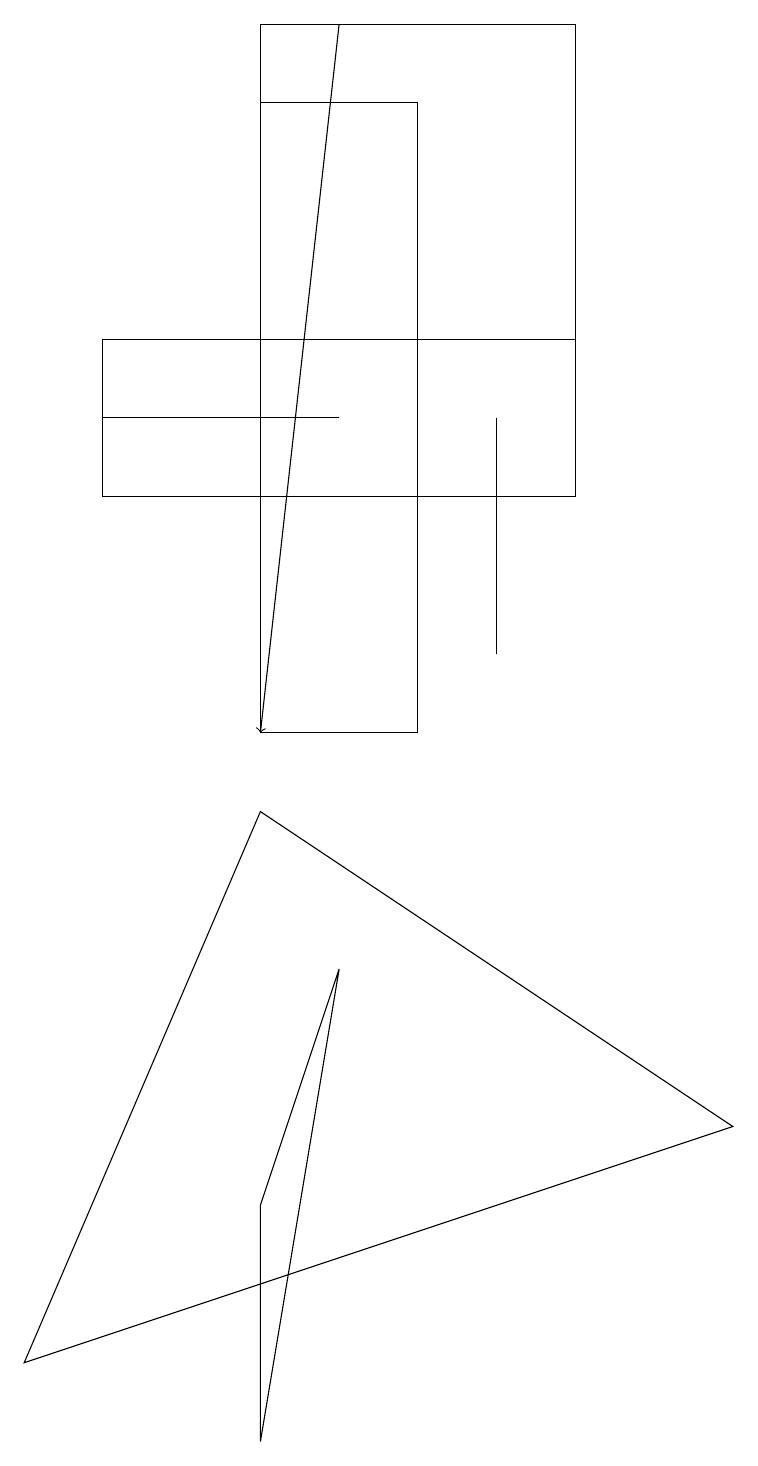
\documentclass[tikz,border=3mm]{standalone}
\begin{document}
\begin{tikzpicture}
\draw (1,14) rectangle (4,14);
\draw (3,18) rectangle (5,10);
\draw (3,4) -- (4,7) -- (3,1) -- cycle;
\draw (7,13) rectangle (3,19);
\draw (1,13) rectangle (7,15);
\draw (3,9) -- (9,5) -- (0,2) -- cycle;
\draw (6,14) rectangle (6,11);
\draw[->] (4,19) -- (3,10);
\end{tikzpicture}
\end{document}